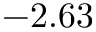
- 2 . 6 3